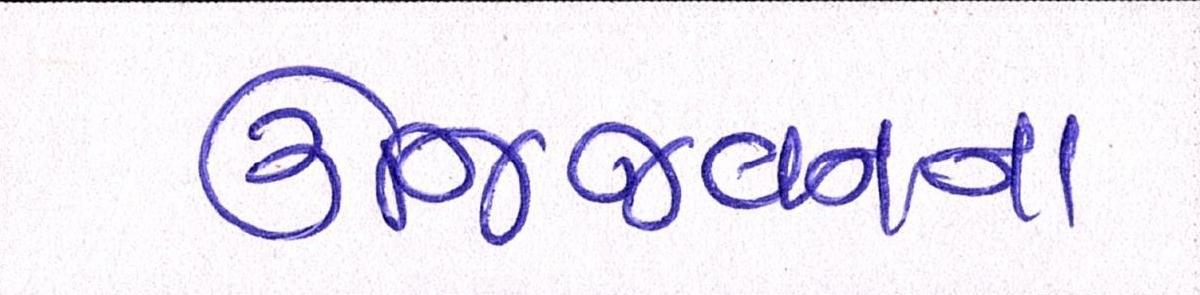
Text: ઉજ્જિવનના